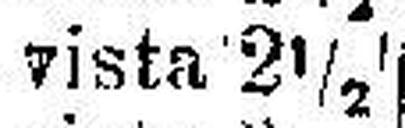
vista 2½